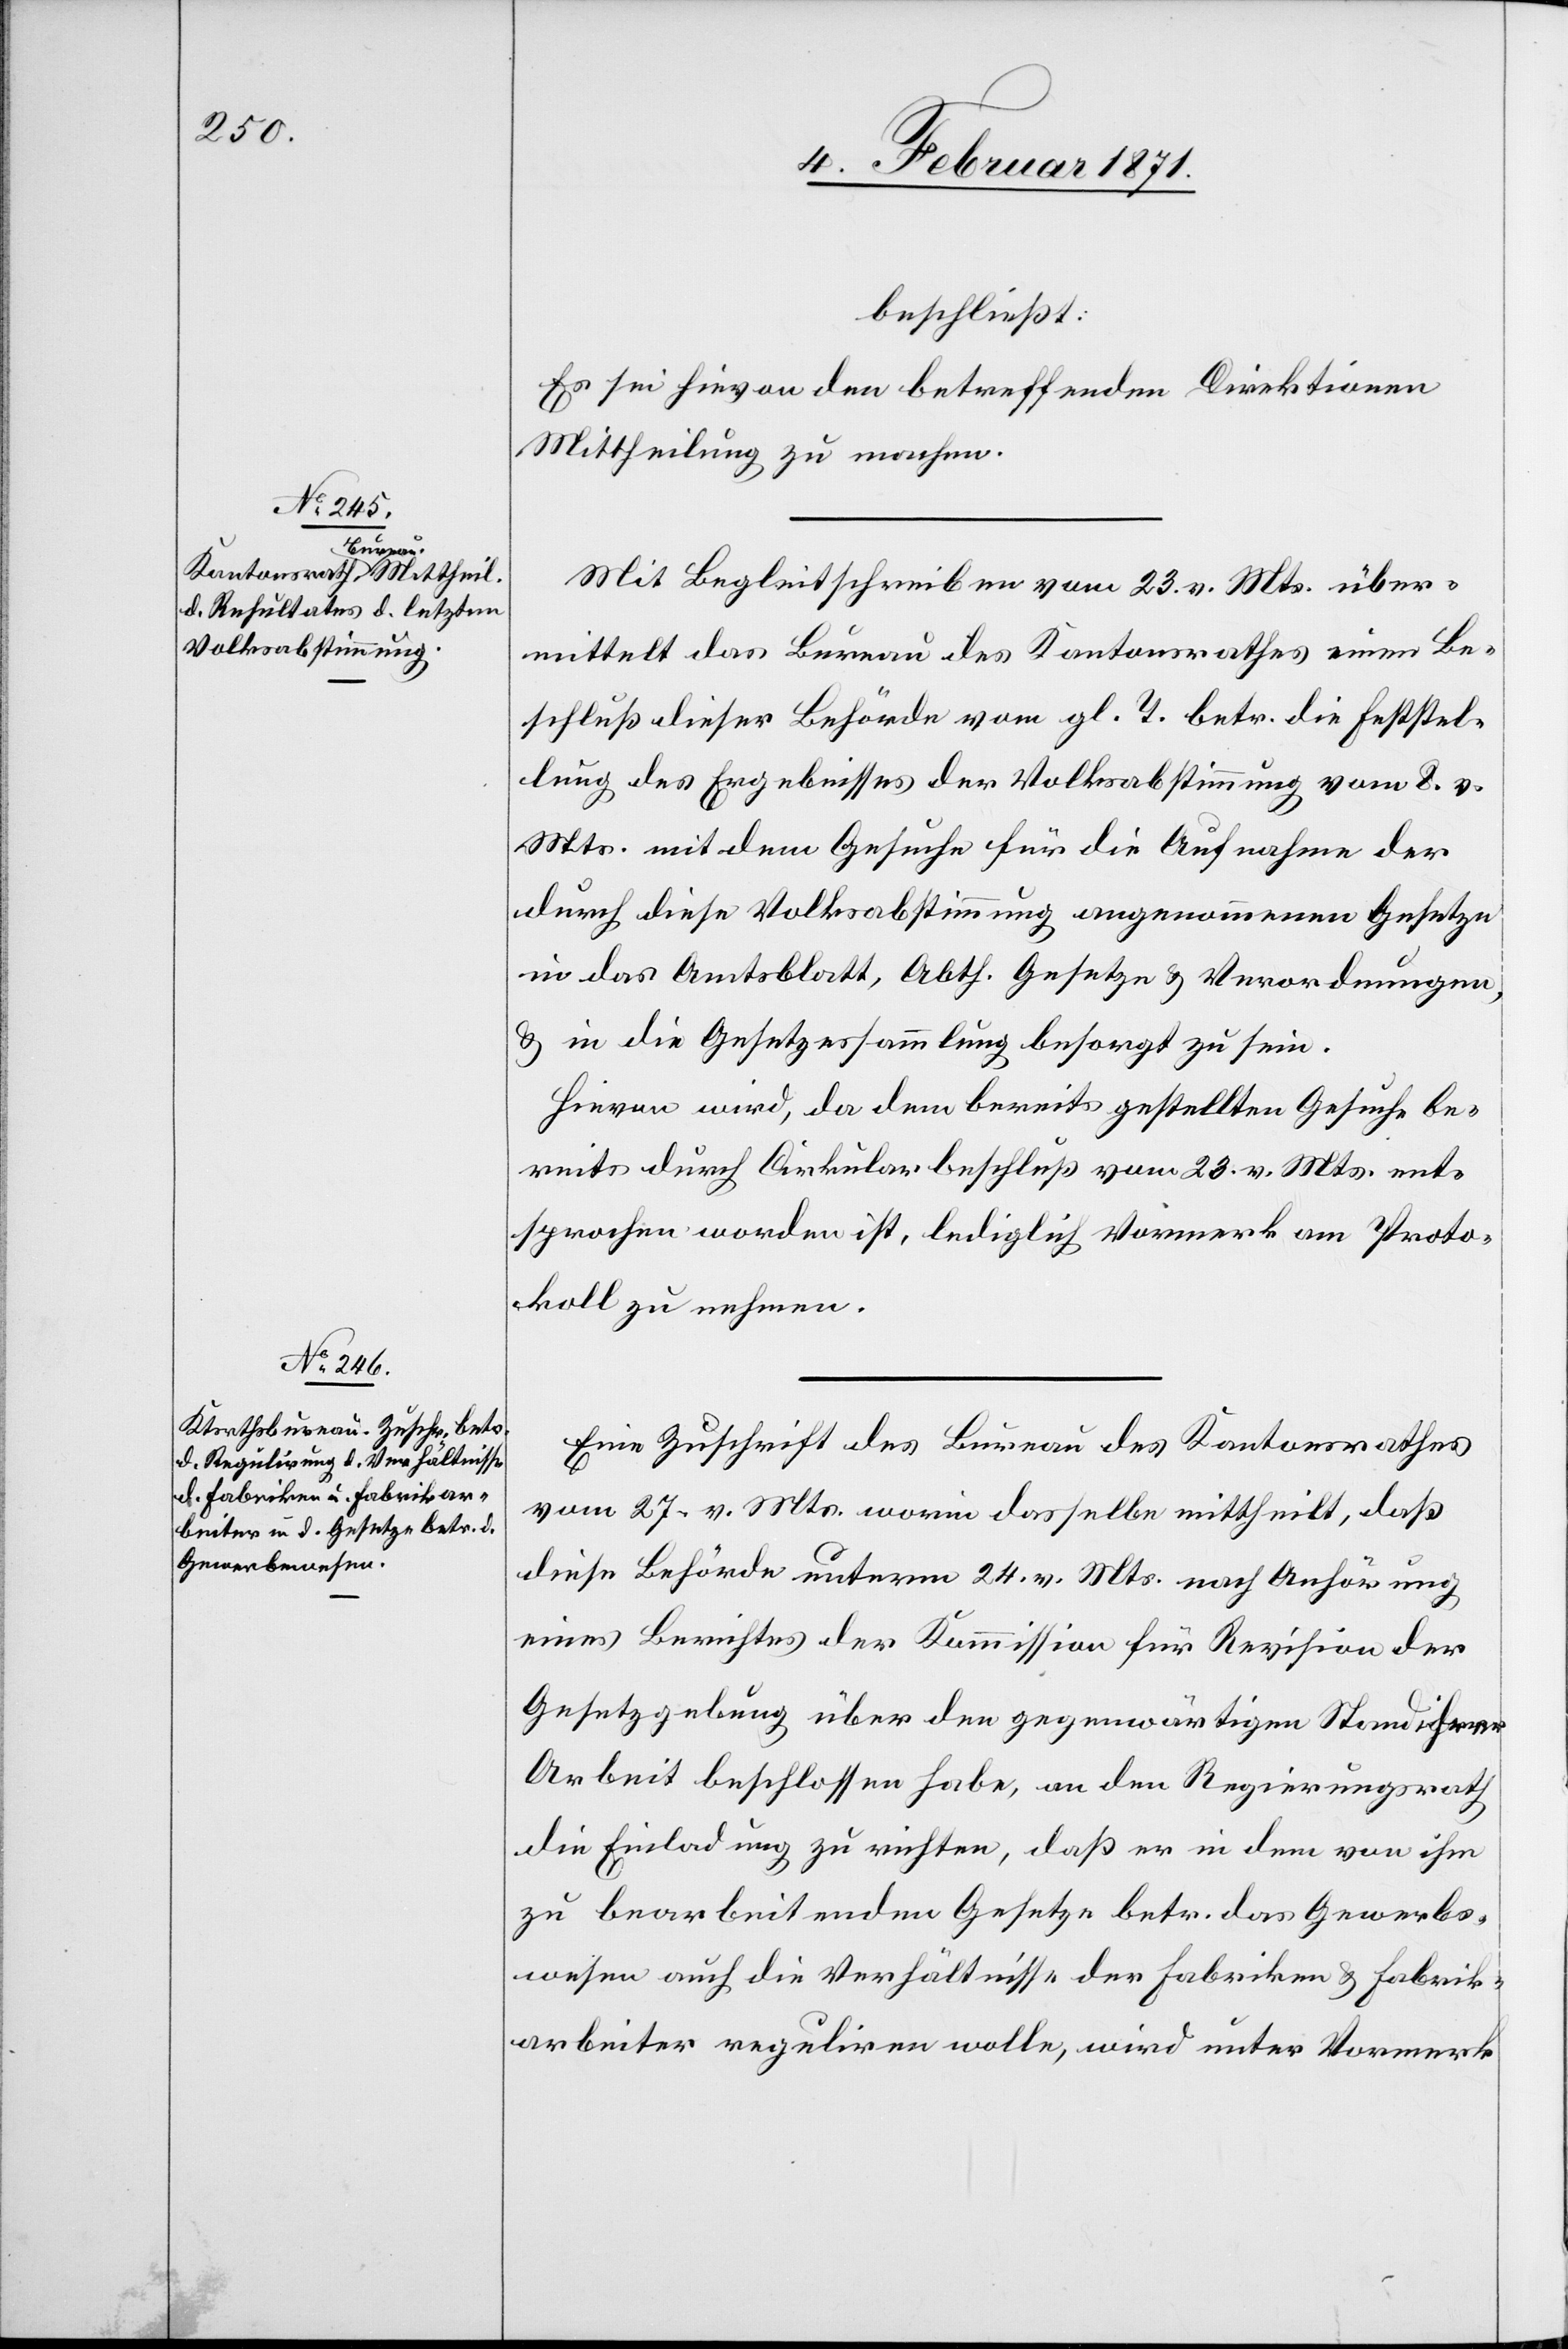
beschließt:
Es sei hievon den betreffenden Direktionen
Mittheilung zu machen.
Mit Begleitschreiben vom 23. v. Mts. über¬
mittelt das Bureau des Kantonsrathes einen Be¬
schluß dieser Behörde vom gl. T. betr. die Feststel¬
lung des Ergebnisses der Volksabstimmung vom 8. v.
Mts. mit dem Gesuche für die Aufnahme der
durch diese Volksabstimmung angenommenen Gesetze
in das Amtsblatt, Abth. Gesetze u. Verordnungen,
u. in die Gesetzessammlung besorgt zu sein.
Hievon wird, da dem bereits gestellten Gesuche be¬
reits durch Cirkularbeschluß vom 23. v. Mts. ent¬
sprochen worden ist, lediglich Vormerk am Proto¬
koll zu nehmen.
Eine Zuschrift des Bureau des Kantonsrathes
vom 27. v. Mts. worin dasselbe mittheilt, daß
diese Behörde unterm 24. v. Mts. nach Anhörung
eines Berichtes der Kommission für Revision der
Gesetzgebung über den gegenwärtigen Stand ihrer
Arbeit beschlossen habe, an den Regierungsrath
die Einladung zu richten, daß er in dem von ihm
zu bearbeitenden Gesetze betr. das Gewerbs¬
wesen auch die Verhältnisse der Fabriken u. Fabrik¬
arbeiter reguliren wolle, wird unter Vormerk